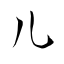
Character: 儿